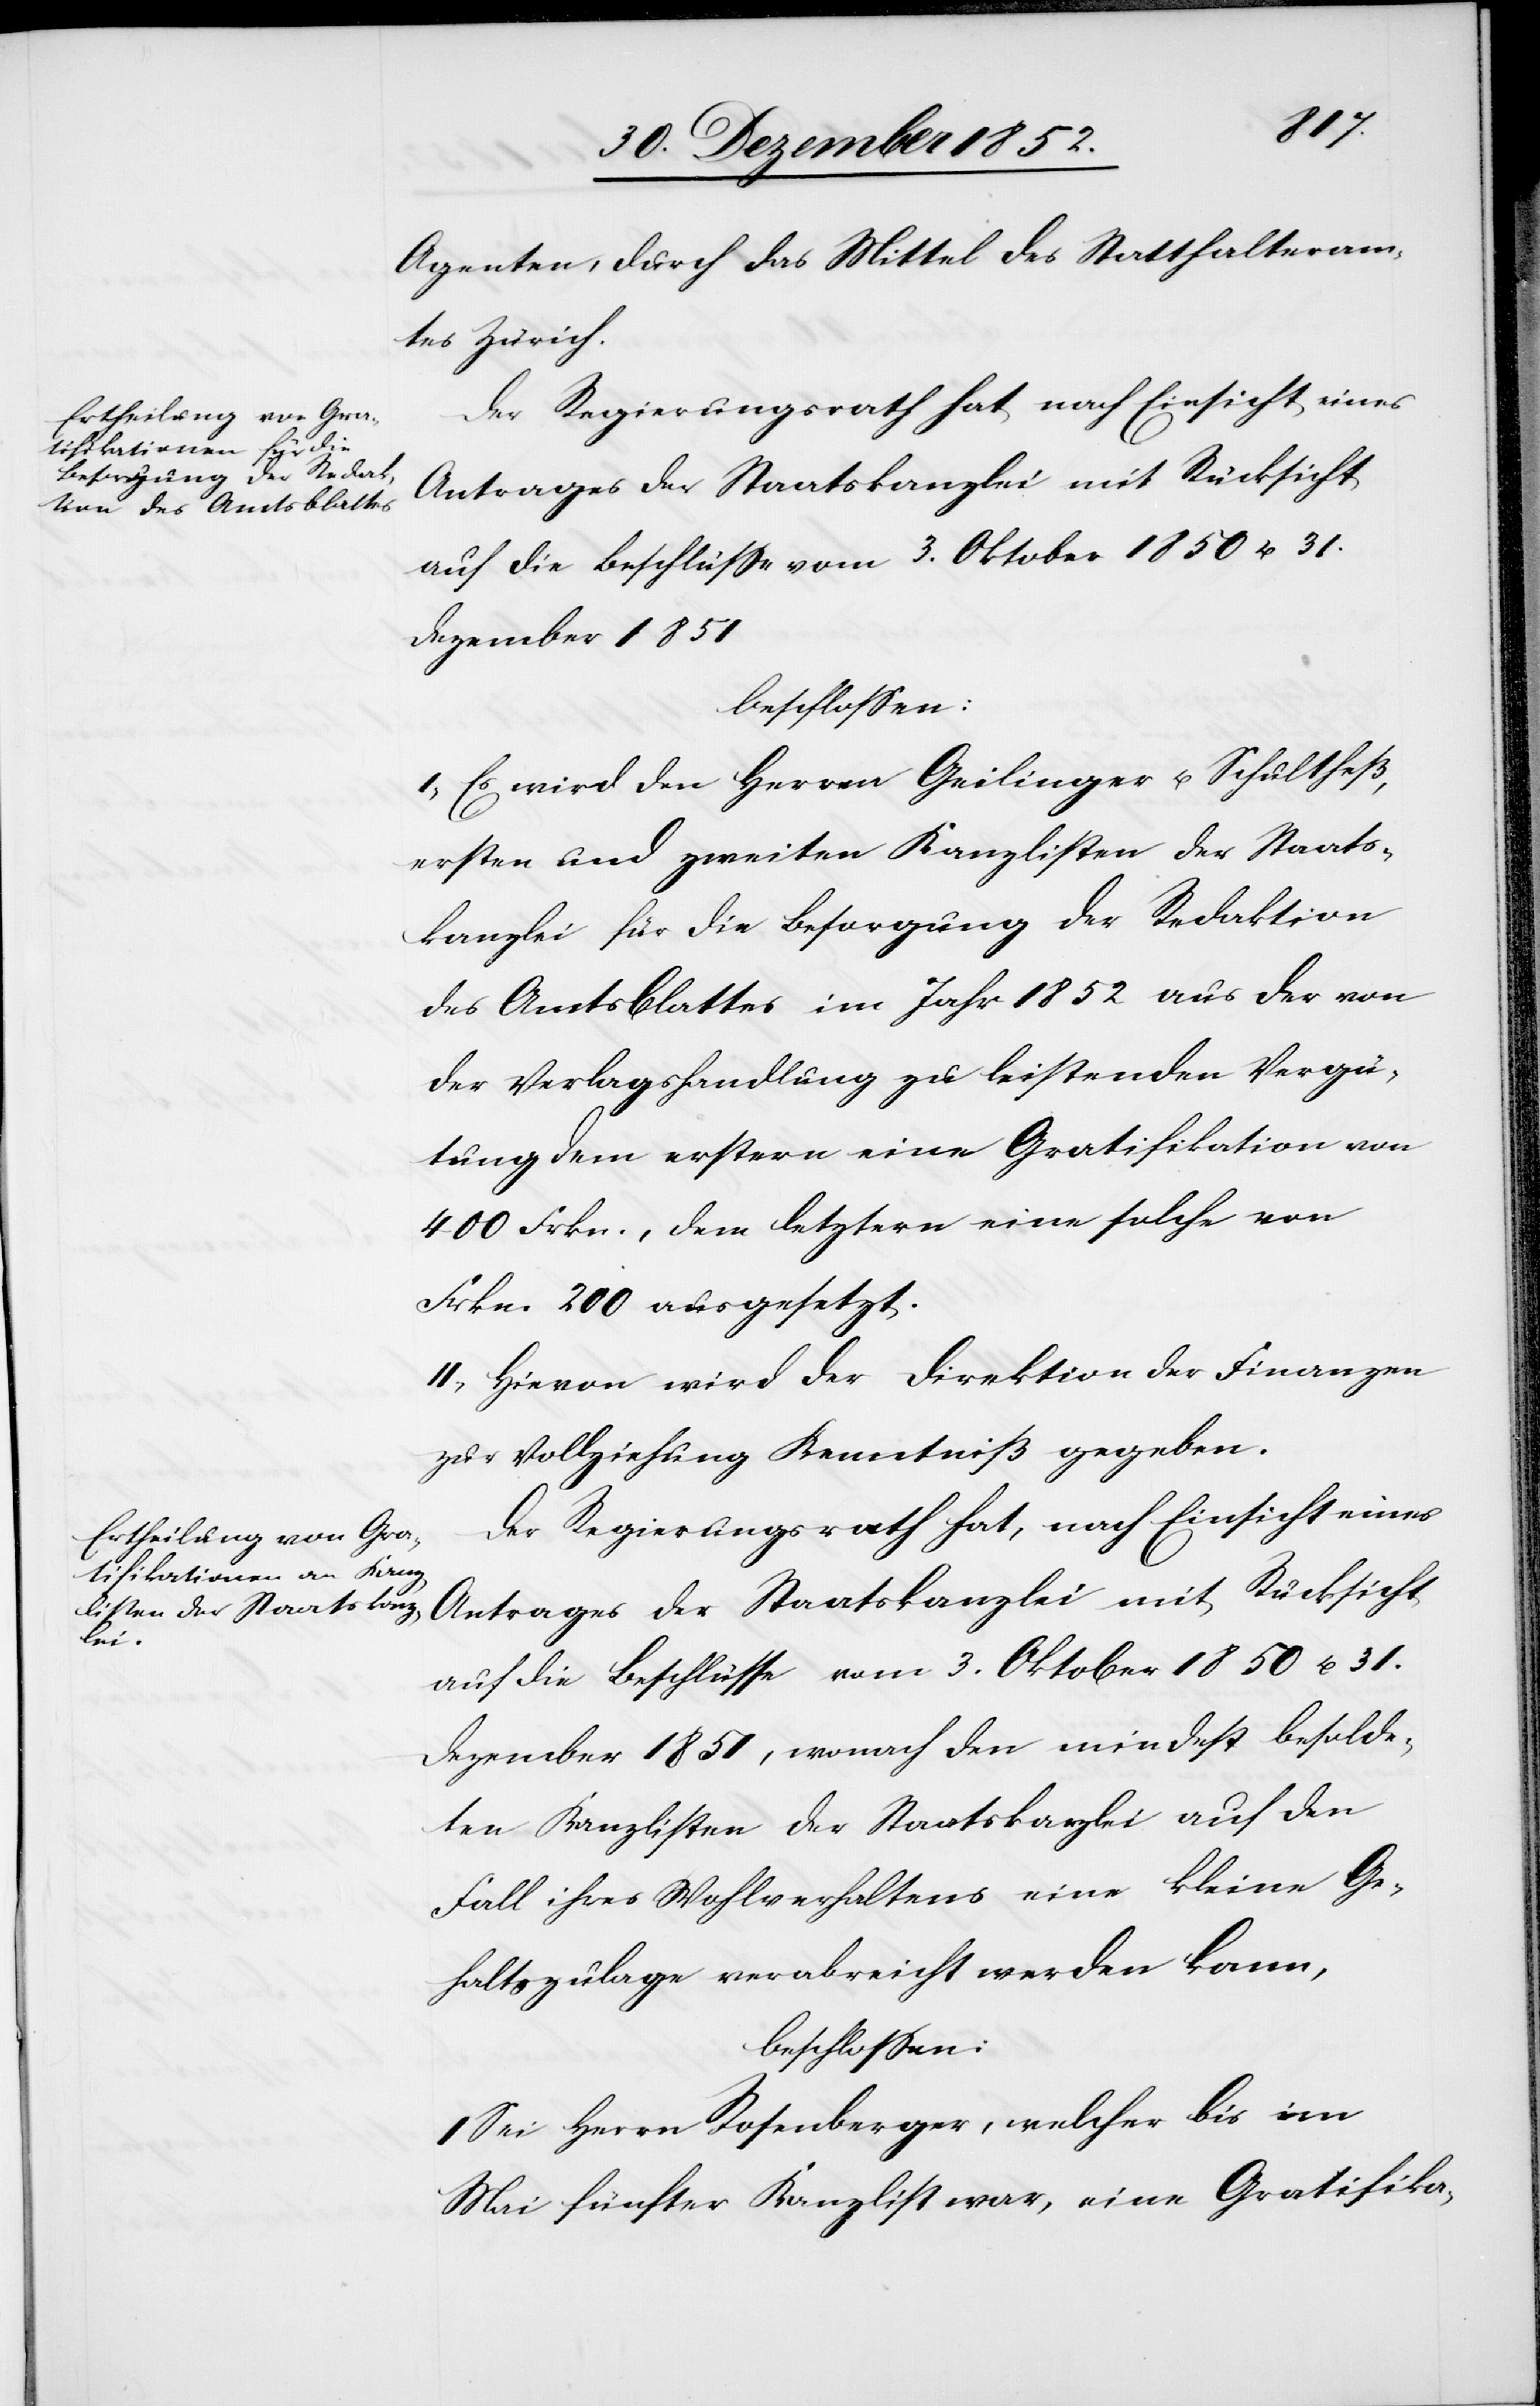
Agenten, durch das Mittel des Statthalteram¬
tes Zürich.
Dezember 1851
beschlossen:
I, Es wird den Herren Geilinger u. Schultheß,
ersten und zweiten Kanzlisten der Staats¬
kanzlei für die Besorgung der Redaktion
des Amtsblattes im Jahr 1852 aus der von
der Verlagshandlung zu leistenden Vergü¬
tung dem erstern eine Gratifikation von
400 Frkn., dem letztern eine solche von
Frkn. 200 ausgesetzt.
II, Hievon wird der Direktion der Finanzen
zur Vollziehung Kenntniß gegeben.
Der Regierungsrath hat, nach Einsicht eines
Antrages der Staatskanzlei mit Rücksicht
auf die Beschlüsse vom 3. Oktober 1850 u. 31.
Dezember 1851, wonach den mindest besolde¬
ten Kanzlisten der Staatskanzlei auf den
Fall ihres Wohlverhaltens eine kleine Ge¬
haltszulage verabreicht werden kann,
beschlossen:
I Sei Herrn Rosenberger, welcher bis im
Mai fünfter Kanzlist war, eine Gratifika-